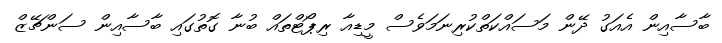
ބާސާއިން އެއަގު ދޭން މަސައްކަތްކުރިނަމަވެސް މީޑިއާ ރިޕޯޓްތައް ބުނާ ގޮތުގައި ބާސާއިން ސަންޗޭޒް